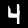
Digit: 4